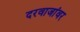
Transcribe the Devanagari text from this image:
दरवाजांवर